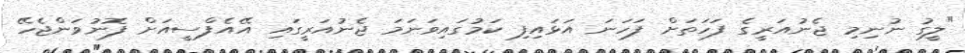
"ލީގު ނުނިމި ޖެނުއަރީގެ ފަހަތަށް ފަހަނަ އަޅައިފި ކަމުގައިވަނަމަ ޖެނުއަރީގައި އޭއެފްސީއަށް ފޮނުވަންޖެހޭ